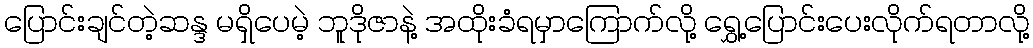
ပြောင်းချင်တဲ့ဆန္ဒ မရှိပေမဲ့ ဘူဒိုဇာနဲ့ အထိုးခံရမှာကြောက်လို့ ရွှေ့ပြောင်းပေးလိုက်ရတာလို့